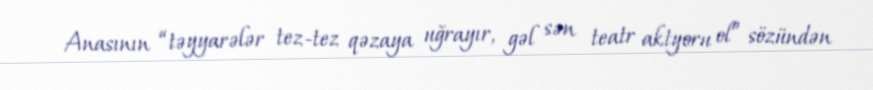
Anasının “təyyarələr tez-tez qəzaya uğrayır, gəl sən teatr aktyoru ol” sözündən